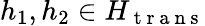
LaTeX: h_{1},h_{2}\in H_{\mathrm{~t~r~a~n~s~}}